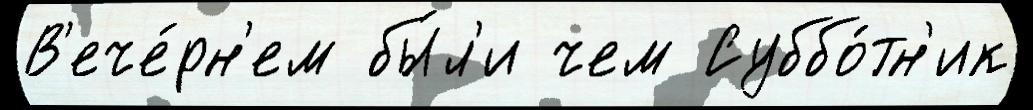
В'ече́рн'ем бы́л'и чем Суббо́тн'ик